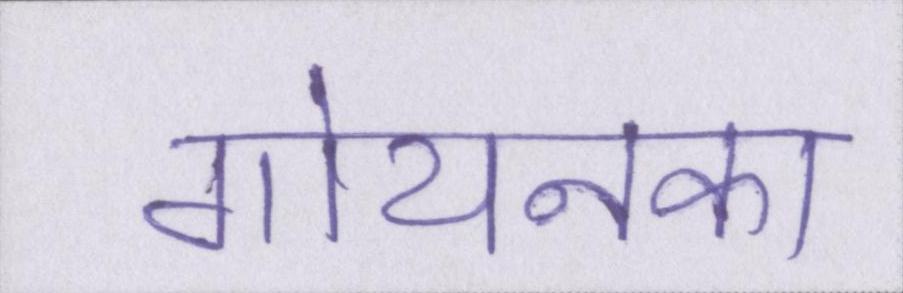
गोयनका